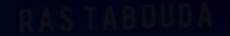
RAS TABOUDA